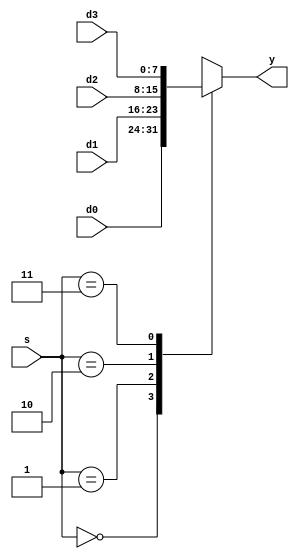
`timescale 1ns / 1ps
//////////////////////////////////////////////////////////////////////////////////
// Company: 
// Engineer: 
// 
// Design Name: 
// Module Name: mux4
// Project Name: 
// Target Devices: 
// Tool Versions: 
// Description: 
// 
// Dependencies: 
// 
// Revision:
// Revision 0.01 - File Created
// Additional Comments:
// 
//////////////////////////////////////////////////////////////////////////////////


module mux4 #(parameter WIDTH = 8)(
	input wire[WIDTH-1:0] d0,d1,d2,d3,
	input wire[1:0] s,
	output wire[WIDTH-1:0] y
    );
reg[WIDTH-1:0] ytemp;
always @(*)begin
    case(s)
        2'b00:begin
            ytemp <= d0;
        end
        2'b01:begin
            ytemp <= d1;
        end
        2'b10:begin
            ytemp <= d2;
        end
        2'b11:begin
            ytemp <= d3;
        end
        default:begin
            ytemp <= 0;
        end
    endcase
end
	
	assign y = ytemp;
endmodule